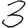
Digit: 3